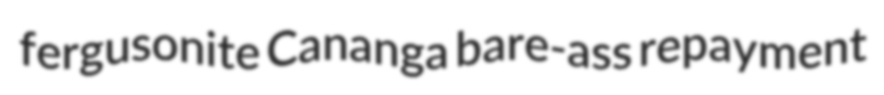
fergusonite Cananga bare-ass repayment